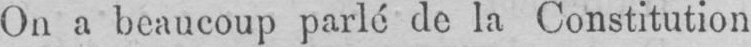
On a beaucoup parlé de la Constitution